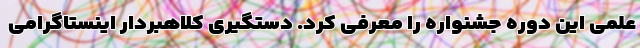
علمی این دوره جشنواره را معرفی کرد. دستگیری کلاهبردار اینستاگرامی